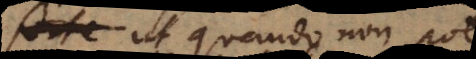
forte ut quando non